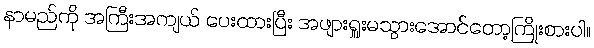
နာမည်ကို အကြီးအကျယ် ပေးထားပြီး အဖျားရှူးမသွားအောင်တော့ကြိုးစားပါ။